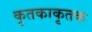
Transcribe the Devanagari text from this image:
कृतकाकृतक